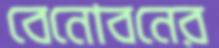
বেনোবনের